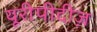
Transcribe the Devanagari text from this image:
यूरीपीदीज़